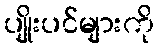
ပျိုးပင်များကို